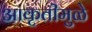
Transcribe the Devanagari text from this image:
आकृतीमुळे